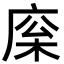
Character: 庺